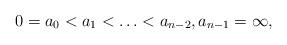
LaTeX: \begin{align*}0=a_0<a_1<\ldots<a_{n-2},a_{n-1}=\infty,\end{align*}